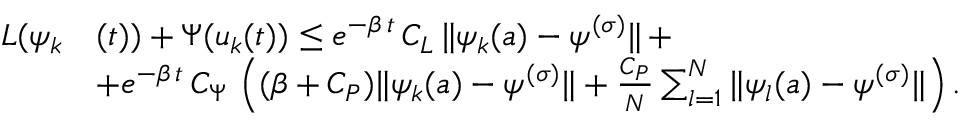
\begin{array} { r l } { L ( \psi _ { k } } & { ( t ) ) + \Psi ( u _ { k } ( t ) ) \leq e ^ { - \beta \, t } \, C _ { L } \, \| \psi _ { k } ( a ) - \psi ^ { ( \sigma ) } \| \, + } \\ & { + e ^ { - \beta \, t } \, C _ { \Psi } \, \left( ( \beta + C _ { P } ) \| \psi _ { k } ( a ) - \psi ^ { ( \sigma ) } \| + \frac { C _ { P } } { N } \sum _ { l = 1 } ^ { N } \| \psi _ { l } ( a ) - \psi ^ { ( \sigma ) } \| \right) . } \end{array}